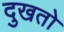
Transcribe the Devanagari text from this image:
दुखतो